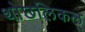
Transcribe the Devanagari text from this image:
थोछलिकल्